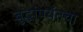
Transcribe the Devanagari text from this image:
बुद्धांपर्यंतचा